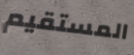
المستقيم